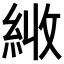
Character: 𦀏